Mental hospitals Bombay report 1921-28 - 1921-1928
Year: 1921
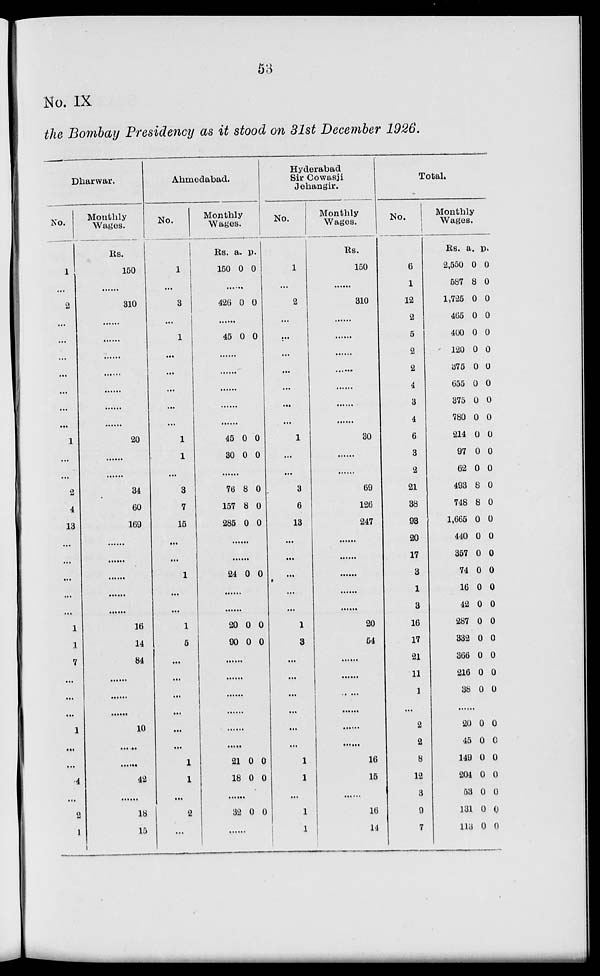
53
No. IX
the Bombay Presidency as it stood on 31st December 1926.
Dharwar.
No.
1
...
2
...
...
...
...
...
...
...
1
...
...
2
4
13
...
...
...
...
...
1
1
7
...
...
...
1
...
...
4
...
2
1
Monthly
Wages.
Rs.
150
......
310
......
......
......
......
......
......
......
20
......
......
34
60
169
......
......
......
......
......
16
14
84
......
......
......
10
......
......
42
......
18
15
Ahmedabad.
No.
1
...
3
...
1
...
...
...
...
...
1
1
...
3
7
15
...
...
1
...
...
1
5
...
...
...
...
...
...
1
1
...
2
...
Monthly
Wages.
Rs.
150
a.
0
p.
0
......
426 0 0
......
45 0 0
......
......
......
......
......
45
30
0
0
0
0
......
76
157
285
8
8
0
0
0
0
......
......
24 0 0
......
......
20
90
0
0
0
0
......
......
......
......
......
......
21
18
0
0
0
0
......
32 0 0
......
Hyderabad
Sir Cowasji
Jehangir.
No.
1
...
2
...
...
...
...
...
...
...
1
...
...
3
6
13
...
...
...
...
...
1
3
...
...
...
...
...
...
1
1
...
1
1
Monthly
Wages.
Rs.
150
......
310
......
......
......
......
......
......
......
30
......
......
69
126
247
......
......
......
......
......
20
54
......
......
.
......
......
......
16
15
......
16
14
Total.
No.
6
1
12
2
5
2
2
4
3
4
6
3
2
21
38
93
20
17
3
1
3
16
17
21
11
1
...
2
2
8
12
3
9
7
Monthly
Wages.
Rs.
2,550
587
1,725
465
400
120
375
655
375
780
214
97
62
493
748
1,665
440
357
74
16
42
287
332
366
216
38
a.
0
8
0
0
0
0
0
0
0
0
0
0
0
8
8
0
0
0
0
0
0
0
0
0
0
0
p.
0
0
0
0
0
0
0
0
0
0
0
0
0
0
0
0
0
0
0
0
0
0
0
0
0
0
...
20
45
149
204
53
131
113
0
0
0
0
0
0
0
0
0
0
0
0
0
0